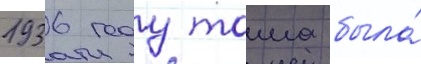
1936 году тома была́